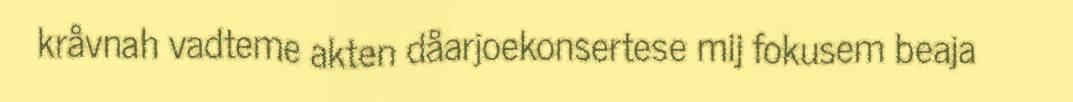
kråvnah vadteme akten dåarjoekonsertese mij fokusem beaja